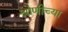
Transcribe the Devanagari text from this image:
श्रोणीच्या